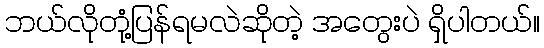
ဘယ်လိုတုံ့ပြန်ရမလဲဆိုတဲ့ အတွေးပဲ ရှိပါတယ်။